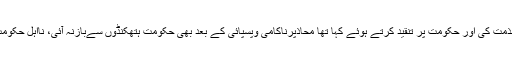
چند روز قبل مریم نواز نے نیب کے چھاپے کی مذمت کی اور حکومت پر تنقید کرتے ہوئے کہا تھا محاذپرناکامی وپسپائی کے بعد بھی حکومت ہتھکنڈوں سےبازنہ آئی، نااہل حکومت اپنی حرکتوں سے اپنی ناکامیاں نہیں چھپاسکتی۔